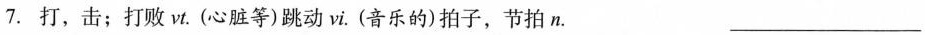
7.打，击；打败vi。(心脏等)跳动vi。(音乐的)拍子，节拍n. ___